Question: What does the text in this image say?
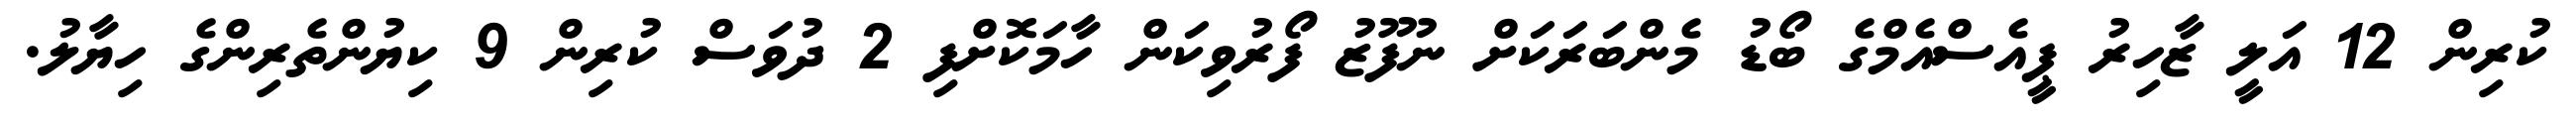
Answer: ކުރިން 12 އަލީ ޒާހިރު ޕީއެސްއެމްގެ ބޯޑު މެންބަރަކަށް ނުފޫޒު ފޯރުވިކަން ހާމަކޮށްފި 2 ދުވަސް ކުރިން 9 ކިޔުންތެރިންގެ ހިޔާލު.